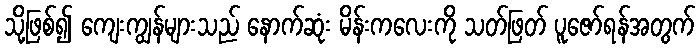
သို့ဖြစ်၍ ကျေးကျွန်များသည် နောက်ဆုံး မိန်းကလေးကို သတ်ဖြတ် ပူဇော်ရန်အတွက်